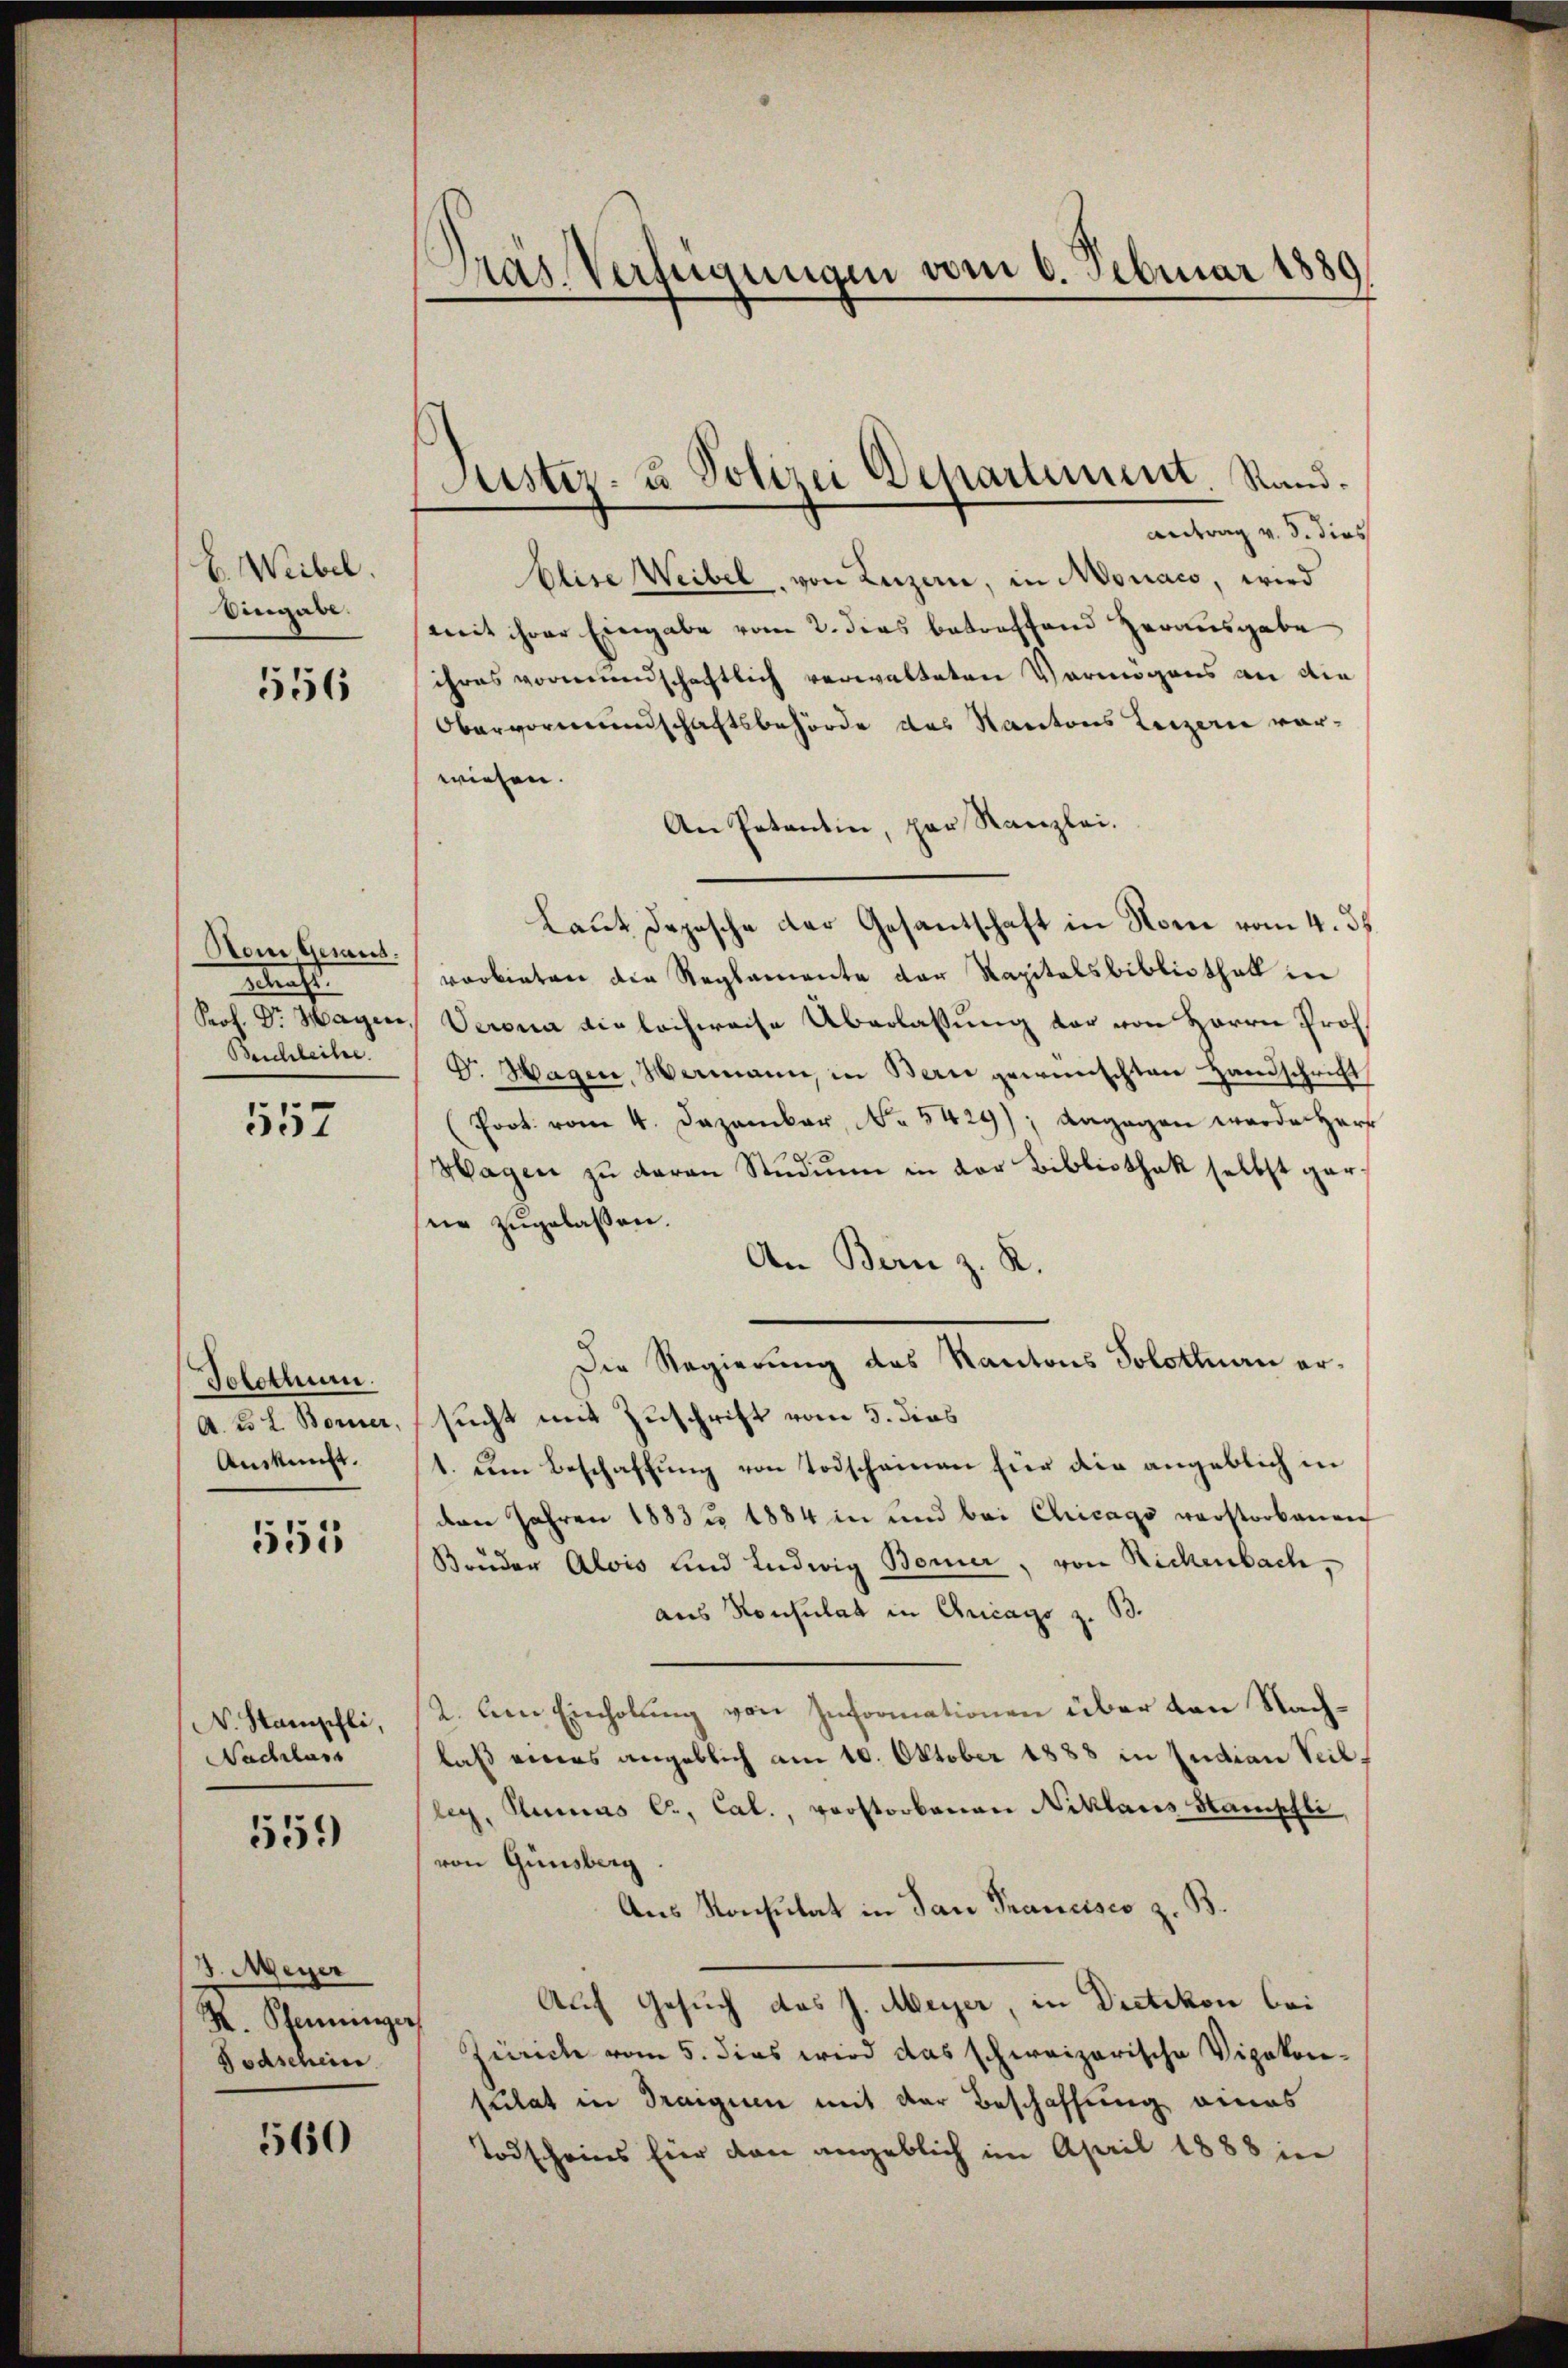
E. Weibel.
Eingabe.

556

Nom Gesausetracht
Prof. Dr. Hagen,
Beschleihe.

557

Tolothur.
A. B. L. Borner,
Auskunft.

551

N. Stamphli,
Nachlass

559

J. Meyer
K. Pfenninger
Todschein

560

Pras. Verfügungen vom 6. Februar 1889

Justiz- u Polizei Departement. Stand.

Antrag v. 5. dies
Elise Weibel, von Luzern, in Monaco, wird
(mit ihrer Eingabe vom 2. dies betreffend Herausgabe
ihres vormundschaftlich verwalteten Vermögens an die
Obervormundschaftsbehörde des Kantons Luzern vor-
wiesen.
An Petentin, par Kanzlei.
Laut Depesche der Gesantschaft in Nome vom 4. 35.
verbieten die Reglemente der Kapitalsbibliothek in
Verona die lachereise Überlassung der von Herrn Prof.
Dr. Hagen, Hermann, in Bern gewünschten Handschricht
Port. vom 4. Dezember, No 5429); dagegen worden Herr
Hagen zu daran Studium in der Bibliothek selbst garnie zugelassen.
An Bern z. R.
Die Regierung des Kantons Solothurn ersucht mit Zuschrift vom 5. dies
1. um Beschaffŭng von Todschainen für die angeblich in
den Jahren 1883 1884 in und bei Chicago verstorbenen
Bruder Alois und Ludwig Berner, von Rickenbach,
aus Konsulat in Ancago z. B.
2. Den Einholung von Informationen über den Nachlaß eines angeblich am 10. Oktober 1888 in Indian Teilleg, Genius C, Cal., vorstorbenen Niklares Stamphli,
von Ginsberg
Aus Konsulat in San Prancisco z. B.
Auf Gesuch das J. Meyer, in Dietikon bei
Zürich vom 5. dies wird das schweizerische Vipokonsulat in Dranguen mit der Beschaffung eines
Todscheins für den angeblich im April 1888 in